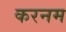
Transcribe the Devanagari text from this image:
करनम